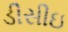
ડીસીઇ